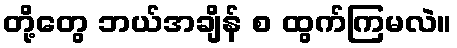
တို့တွေ ဘယ်အချိန် စ ထွက်ကြမလဲ။